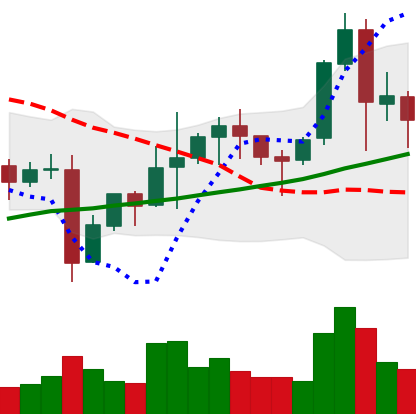
Ticker: NEO-USD
Chart end date: 2021-11-12
Forward return: -8.648%
Label: down_7plus